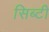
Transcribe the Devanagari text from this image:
सिब्‍टी